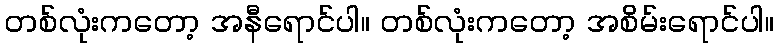
တစ်လုံးကတော့ အနီရောင်ပါ။ တစ်လုံးကတော့ အစိမ်းရောင်ပါ။